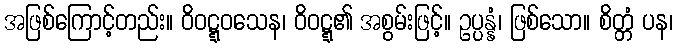
အဖြစ်ကြောင့်တည်း။ ဝိဝဋ္ဋဝသေန၊ ဝိဝဋ္ဋ၏ အစွမ်းဖြင့်။ ဥပ္ပန္နံ၊ ဖြစ်သော။ စိတ္တံ ပန၊